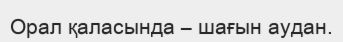
Орал қаласында – шағын аудан.